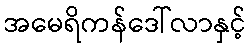
အမေရိကန်ဒေါ်လာနှင့်